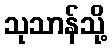
သုသာန်သို့